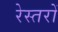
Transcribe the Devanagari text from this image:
रेस्तरों